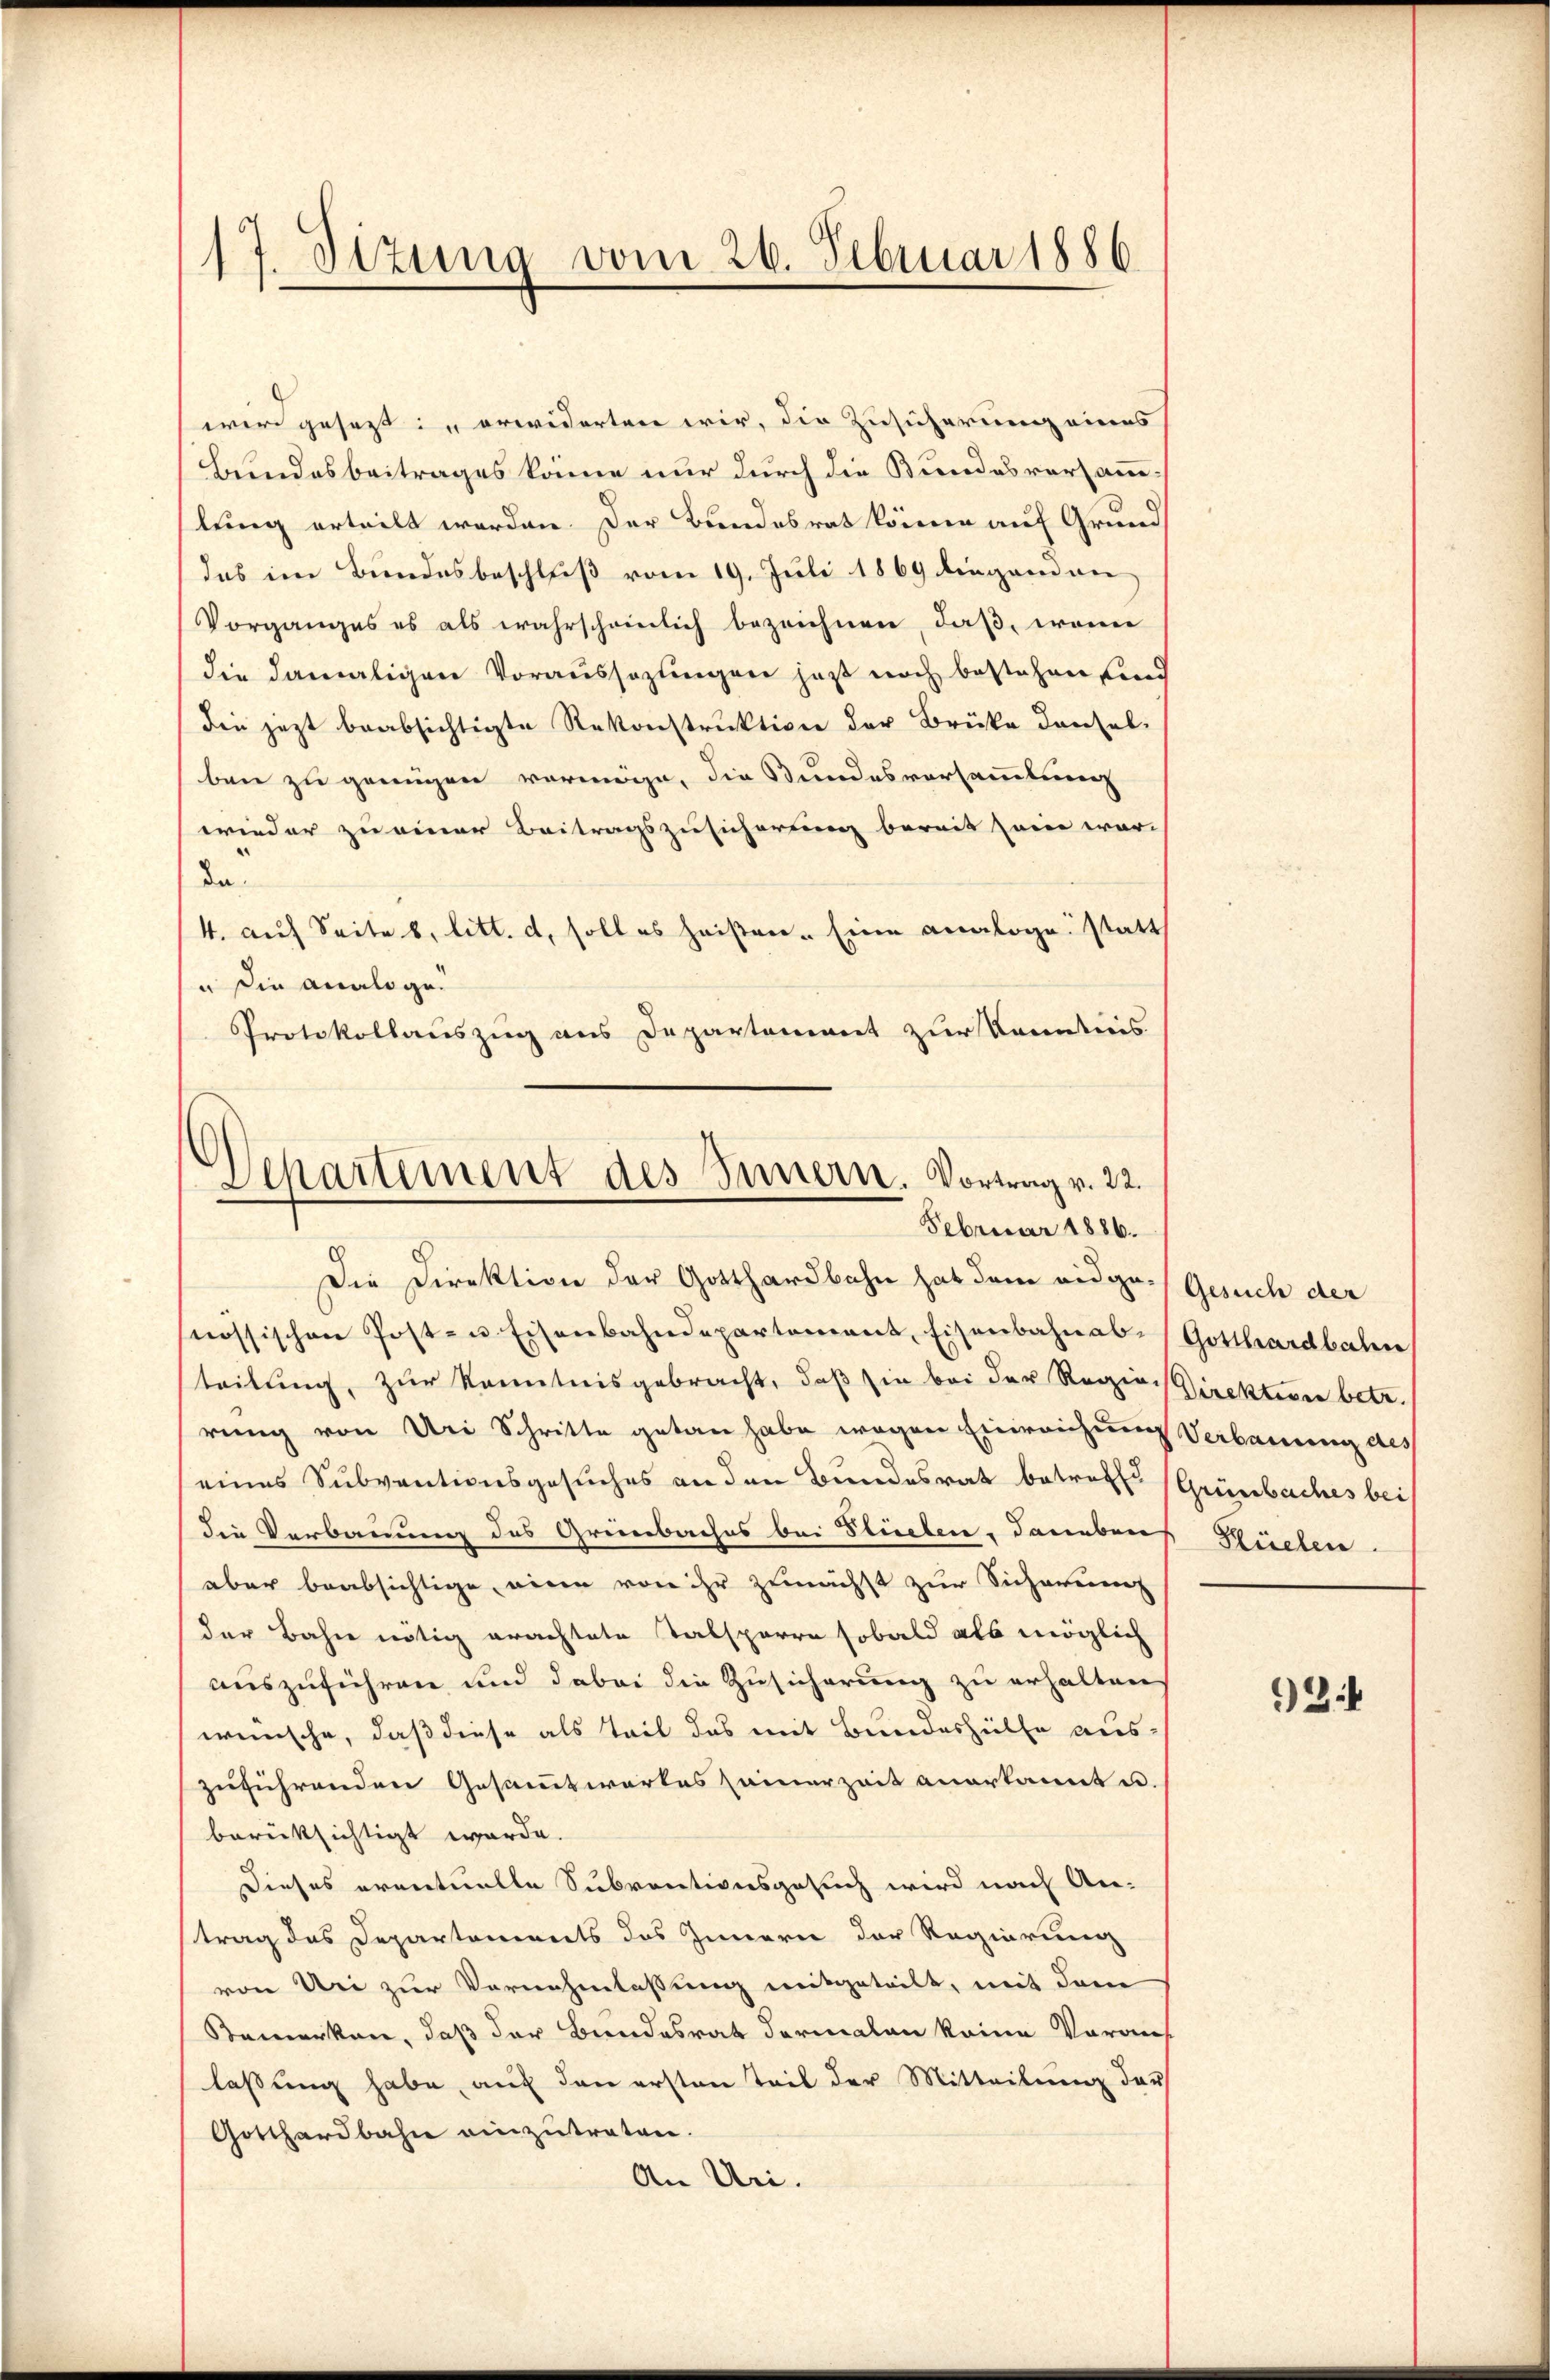
17. Sizung vom 26. Februar 1886

Departement des Innern. Vortrag v. 22.
Februar 1886.

wird gesezt: erwiderten wir, die Zusicherung eines
Bundesbeitrages könne nur durch die Bundesversammhlung erteilt worden. Der Bundesrat können auf Grund
das im Bundesbeschluß vom 19. Juli 1869 diegenden
Vorganges es als wahrscheinlich bezeichnen, daß, wenn
die damaligen Voraussazungen jetzt noch bestehen sind
die jetzt beabsichtigte Rekonstruktion der Brüke denselben zu genügen vermöge, die Bundesversammlung
wieder zu einer Beitragszusicherung bereit seine war
Da¬
4. auf Seite b. litt. c, soll es heißen. Eine analoge statt
u die analoge¬
Protokollauszug aus Departement zur Kenntnis
Die Direktion der Gotthardbahn hat dann eidgenössischen Post- u. Eisenbahndepartement, Eisenbahnabteilung, zur Kenntnisgebracht, daß sie bei der Regien Direktiven betr.
rung von Uri Schritte getan habe wegen Einreichung
eines Subventionsgesuches an den Bundesrat betrett (Grünbaches bei
die Verbauung des Grünbaches bei Flüelen, daneben
aber beabsichtige, eine von ihr zunächst zur Sicherenz
der Bahn nötig erachtete Talsperre sobald als möglich
auszuführen und dabei die Zusicherung zu erhalten
wünsche, daß diese als Teil das mit Bundeshülfe aus-
zuführenden Gesammtwortes seinerzeit anerkannt u.
berücksichtigt werde.
Dieses eventuelle Subventionsgesuch wird nach An-
trag des Departements des Innern der Regierung
von Uri zur Vornehmlassung mitgeteilt, mit dem
Bemerken, daß der Bundesrat dermalen keine Voraus
lassung habe, auf den ersten Teil der Mitteilung darf
Gotthardbahn einzŭtreten.
An Uri.

Gesuch der
Gotthardbahne
Verbauung des
Pielen.

92.